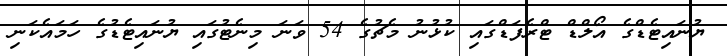
ޔުނައިޓެޑްގެ އޯލްޑް ޓްރެފަޑްގައި ކުޅުނު މެޗުގެ 54 ވަނަ މިނެޓުގައި ޔުނައިޓެޑުގެ ހަމައެކަނި